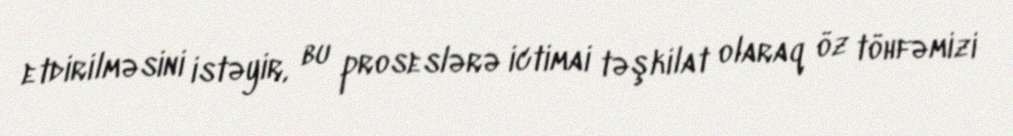
etdirilməsini istəyir, bu proseslərə ictimai təşkilat olaraq öz töhfəmizi